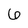
Character: 6